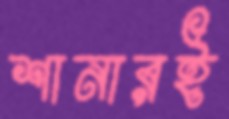
শানারই